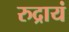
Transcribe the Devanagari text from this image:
रुद्रायं